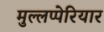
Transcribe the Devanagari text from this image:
मुल्लप्पेरियार